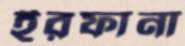
ইরফানা